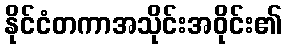
နိုင်ငံတကာအသိုင်းအဝိုင်း၏